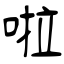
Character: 啦